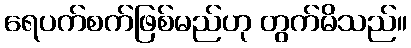
ရေပက်စက်ဖြစ်မည်ဟု တွက်မိသည်။